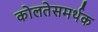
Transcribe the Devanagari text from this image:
कोलतेसमर्थक